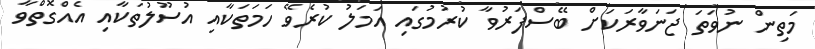
މަތިން ނުވަތަ ޖަނަވާރަކަށް ބޭސްފަރުވާ ކުރުމުގައި އަމަލު ކުރެވޭ ހަމަތަކާއި އުސޫލުތަކާއި އެއްގޮތްވާ